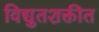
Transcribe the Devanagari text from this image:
विद्युतशक्तीत